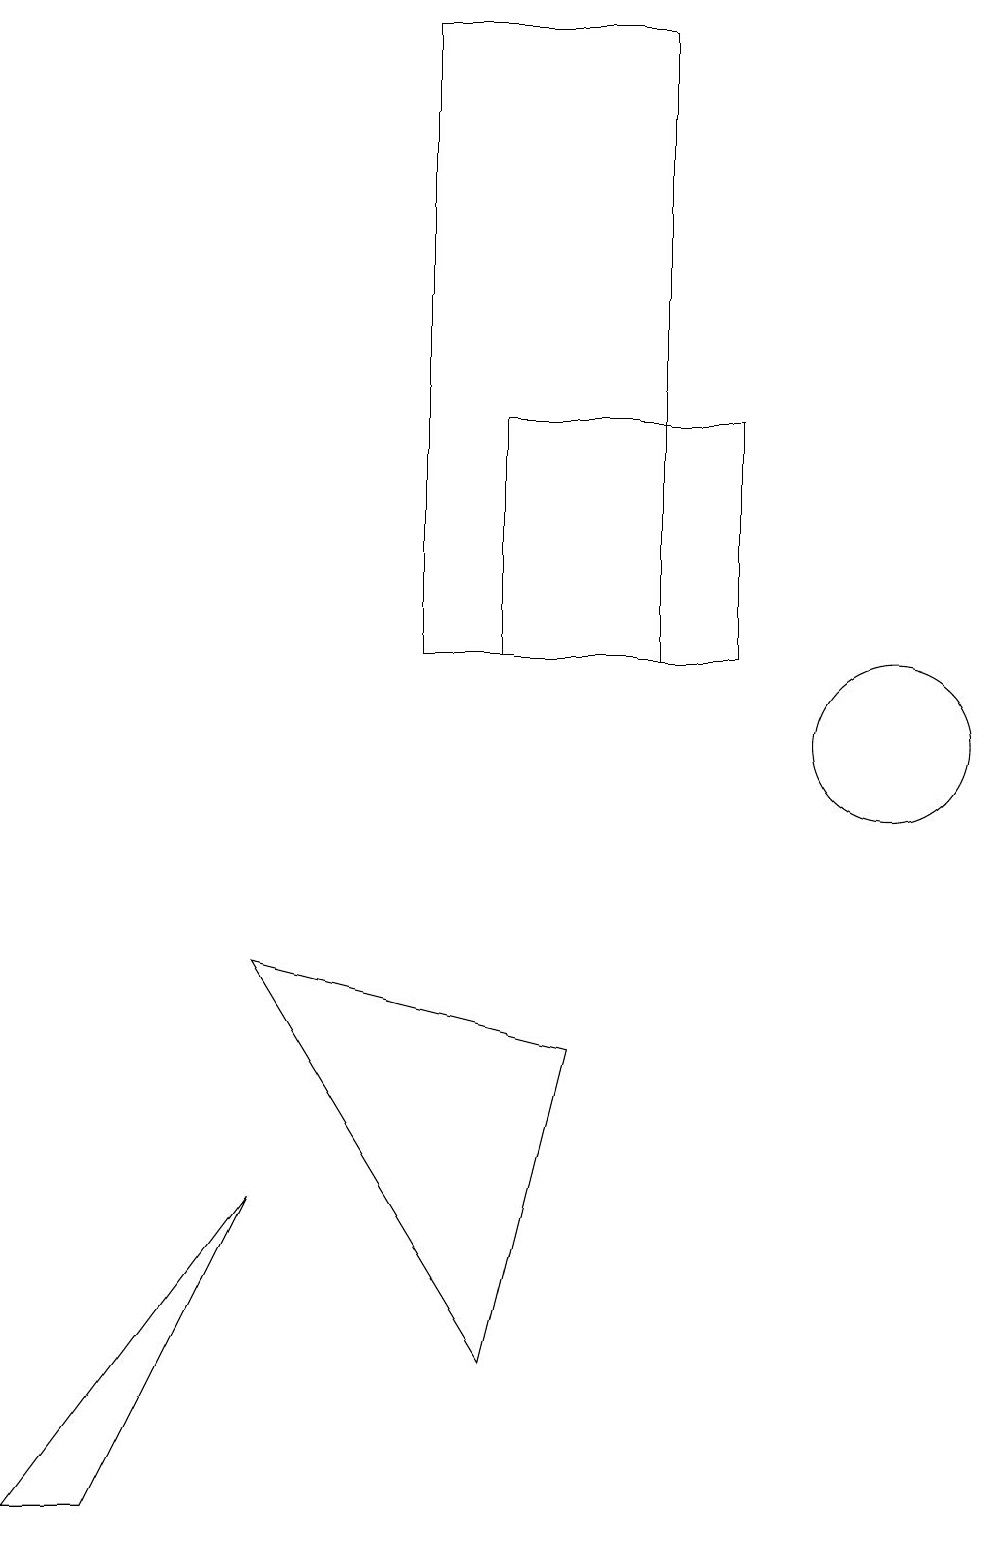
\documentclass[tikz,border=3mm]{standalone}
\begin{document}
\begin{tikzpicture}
\draw (9,14) rectangle (6,11);
\draw (5,19) rectangle (8,11);
\draw (11,10) circle (1);
\draw (3,4) -- (1,0) -- (0,0) -- cycle;
\draw (7,6) -- (6,2) -- (3,7) -- cycle;
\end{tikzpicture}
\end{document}